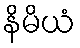
နိမိယံ